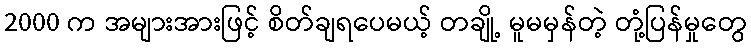
2000 က အများအားဖြင့် စိတ်ချရပေမယ့် တချို့ မူမမှန်တဲ့ တုံ့ပြန်မှုတွေ